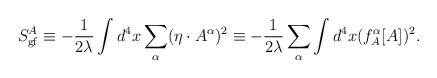
\begin{align*}S^A_{\rm gf}\equiv-{1\over{2\lambda}}\int d^4x\sum_{\alpha}(\eta\cdot A^\alpha)^2\equiv-{1\over{2\lambda}}\sum_{\alpha}\int d^4x (f_A^\alpha[A])^2.\end{align*}